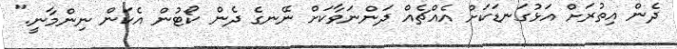
ދެން އިތުރަށް އަޅުގަނޑަކަށް އެއްޗެއް ދަންނަވާކަށް ނޭނގެ ދެން ކޯޓުން އެކަން ނިންމާނީ."